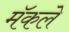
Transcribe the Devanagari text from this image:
मॅकले